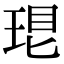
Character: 𤥛